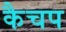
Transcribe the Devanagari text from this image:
कैचप